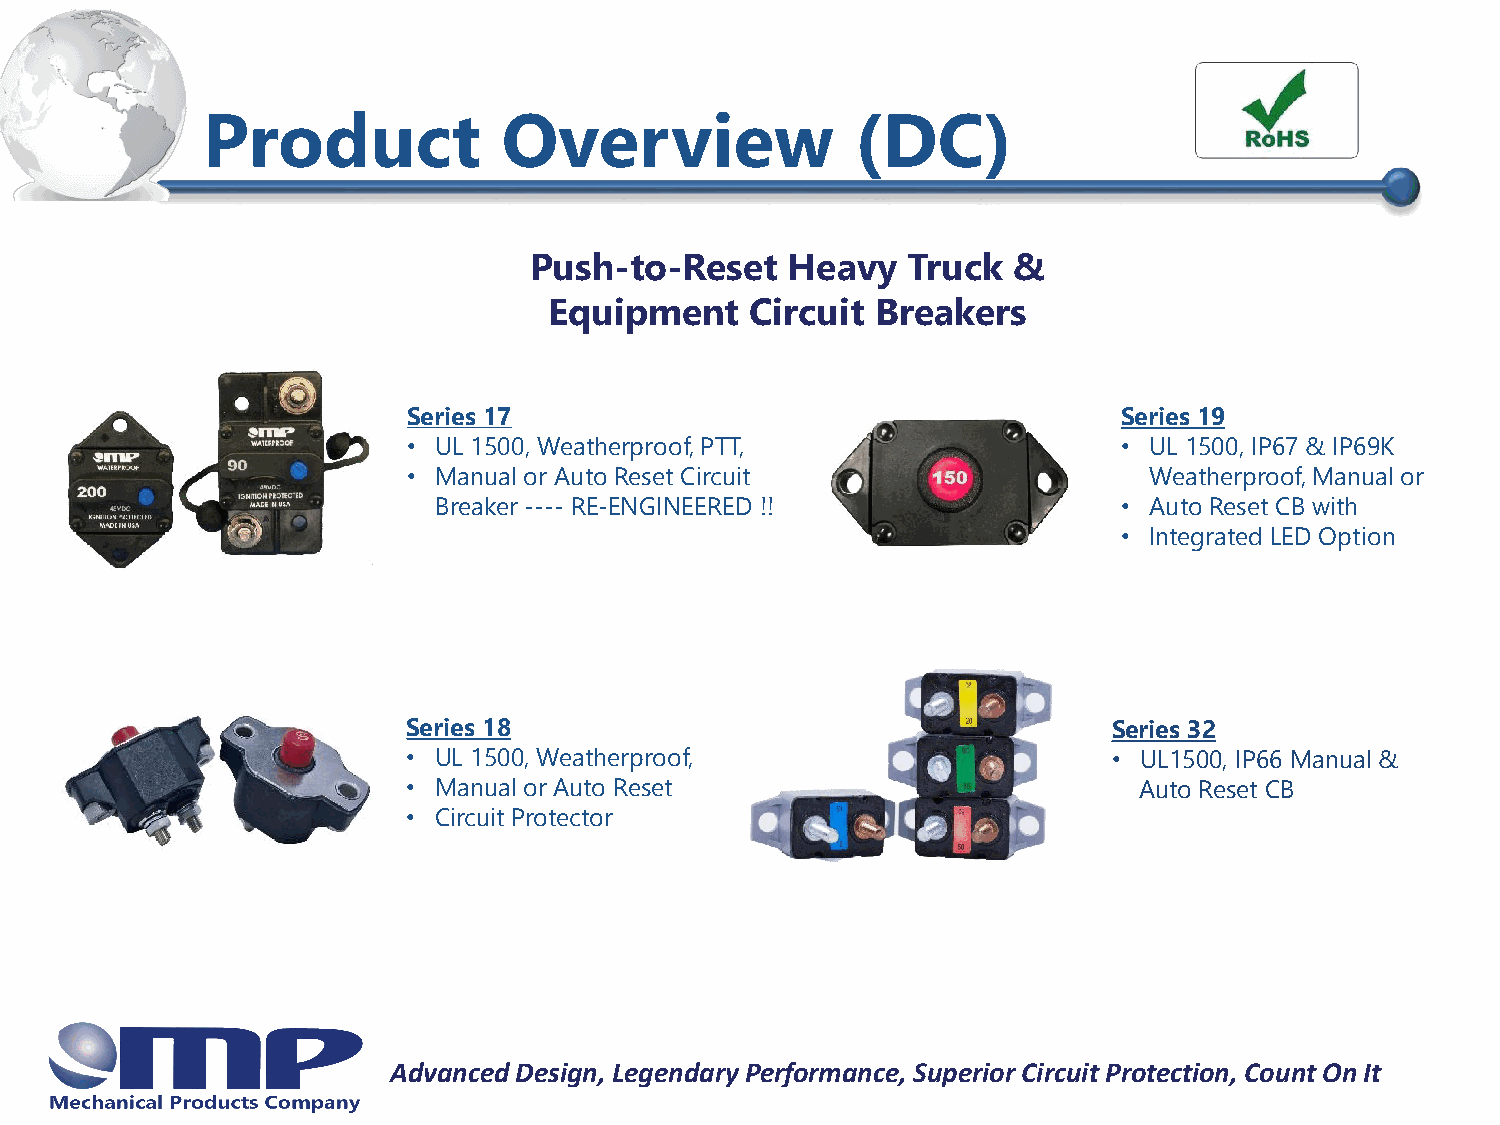
Product             Overview                (DC)
 Push-to-Reset    Heavy   Truck  &
 Equipment     Circuit Breakers
 Series 17                                      Series 19
 • UL 1500, Weatherproof, PTT,                  • UL 1500, IP67 & IP69K
 • Manual or Auto Reset Circuit                   Weatherproof, Manual or
 Breaker ----RE-ENGINEERED !!                 • Auto Reset CB with
 • Integrated LED Option
 Series 18                                      Series 32
 • UL 1500, Weatherproof,                       • UL1500, IP66 Manual &
 • Manual or Auto Reset                          Auto Reset CB
 • Circuit Protector
 Advanced Design, Legendary Performance, Superior Circuit Protection, Count On It